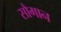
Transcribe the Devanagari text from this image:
सौगान